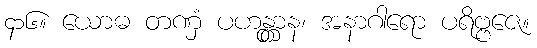
၄၁၆။ ယောဓ တဏှံ ပဟန္တွာန၊ အနာဂါရော ပရိဗ္ဗဇေ။